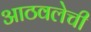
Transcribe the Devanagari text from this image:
आठवलेची